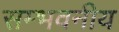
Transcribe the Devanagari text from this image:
सम्भवनीय